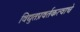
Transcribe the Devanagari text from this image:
विद्युतप्रवर्तकत्वाचे